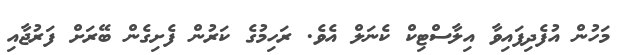
މަހުން އުފެދިފައިވާ އިލާސްޓިކް ކެނަލް އެވެ. ރަހިމުގެ ކަރުން ފެށިގެން ބޭރަށް ފަރުޖާއި